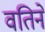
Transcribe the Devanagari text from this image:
वतिने